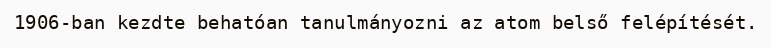
1906-ban kezdte behatóan tanulmányozni az atom belső felépítését.